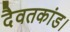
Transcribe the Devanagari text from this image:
दैवतकांड।